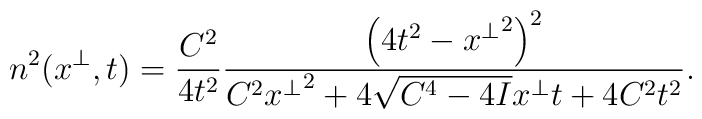
n^2(x^\perp,t)=\frac{C^2}{4t^2}\frac{\left(4t^2-{x^\perp}^2\right)^2}{C^2{x^\perp}^2+4\sqrt{C^4-4I}x^\perp t+4C^2t^2}.